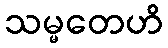
သမ္မတေဟိ